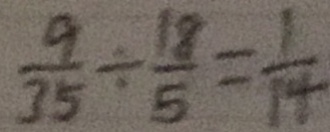
\frac { 9 } { 3 5 } \div \frac { 1 8 } { 5 } = \frac { 1 } { 1 4 }